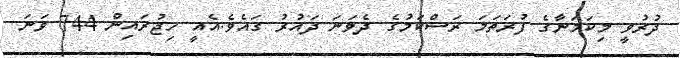
ދުރުވީ މިކަމަނާގެ ފުރަތަމަ ރަސްކަމުގެ ދެވަނަ ދައުރު ގައެވެ.އެއީ ހިޖުރައިން 744 ވަނަ